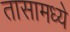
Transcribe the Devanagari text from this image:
तासामध्ये